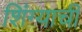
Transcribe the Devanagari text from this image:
शिंग्याची